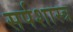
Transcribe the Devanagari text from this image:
सर्पशास्त्र